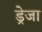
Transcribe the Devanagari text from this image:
ड्रेजा